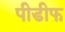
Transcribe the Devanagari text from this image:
पीडीफ